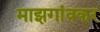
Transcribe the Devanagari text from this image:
माझगांवकर